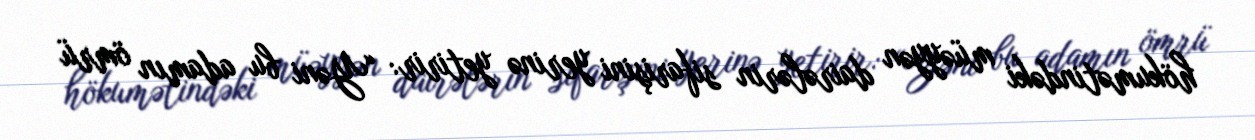
hökumətindəki müəyyən dairələrin sifarişini yerinə yetirir: “Yəni bu adamın ömrü